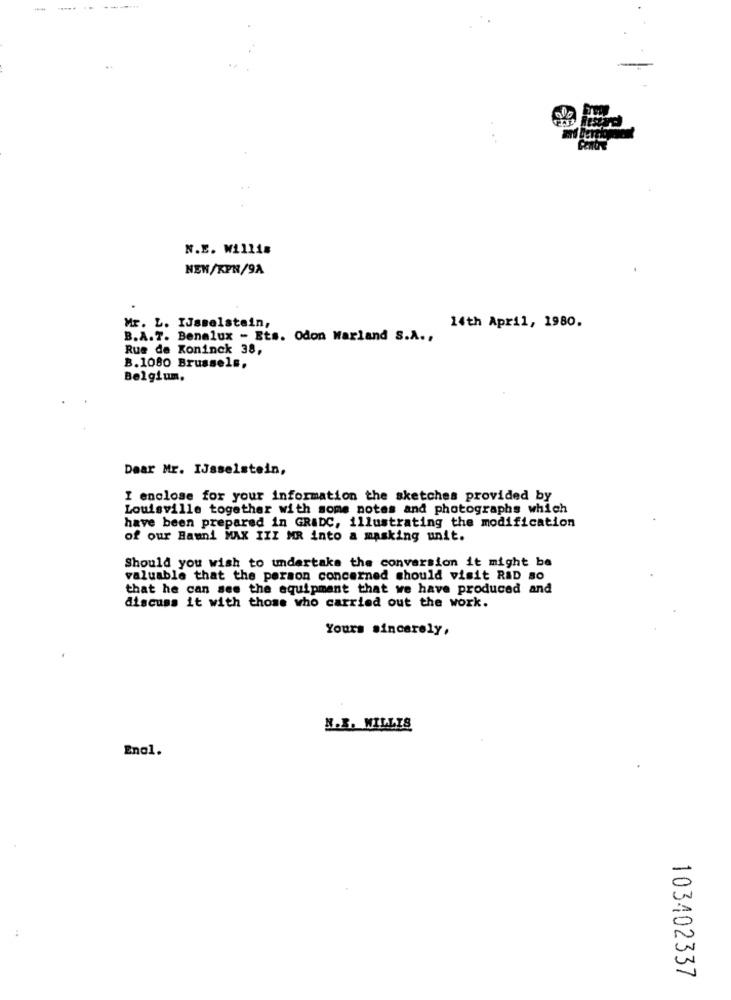
-----
N.E. Willis
NEN/KPN/9A
Mr. L. IJsselstain,
14th April, 1980.
B.A.T. Benelux - Ets. Odon Warland S.A .,
Rue de Koninck 38,
B.1080 Brussels.
Belgium.
Dear Mr. IJsselstein,
I enclose for your information the sketches provided by
Louisville together with some notes and photographs which
have been prepared in GRADC, illustrating the modification
of our Bauni MAX III MR into a masking unit.
Should you wish to undertake the conversion it might be
valuable that the person concerned should visit RAD s0
that he can see the equipment that we have produced and
discuss it with those who carried out the work.
Yours sincerely,
N.B. WILLIS
Enol.
103402337